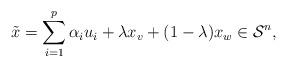
LaTeX: \begin{align*} \Tilde{x}=\sum\limits_{i=1}^p\alpha_iu_i+\lambda x_v+(1-\lambda)x_w\in\mathcal{S}^n,\end{align*}